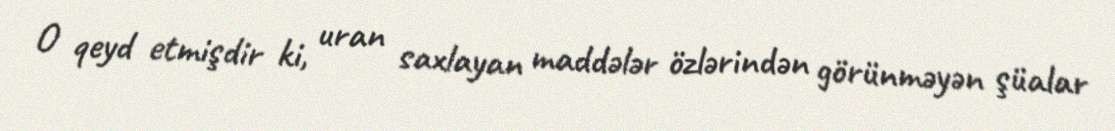
O qeyd etmişdir ki, uran saxlayan maddələr özlərindən görünməyən şüalar